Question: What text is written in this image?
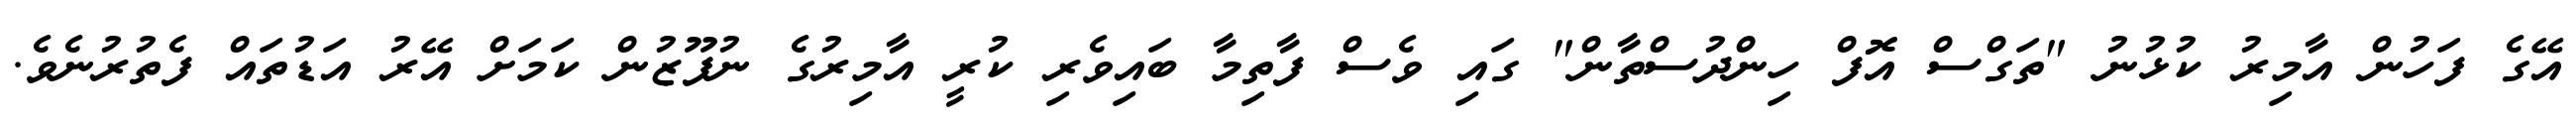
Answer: އޭގެ ފަހުން އާމިރު ކުޅުނު "ތަގްސް އޮފް ހިންދުސްތާން" ގައި ވެސް ފާތިމާ ބައިވެރި ކުރީ އާމިރުގެ ނުފޫޒުން ކަމަށް އޭރު އަޑުތައް ފެތުރުނެވެ.